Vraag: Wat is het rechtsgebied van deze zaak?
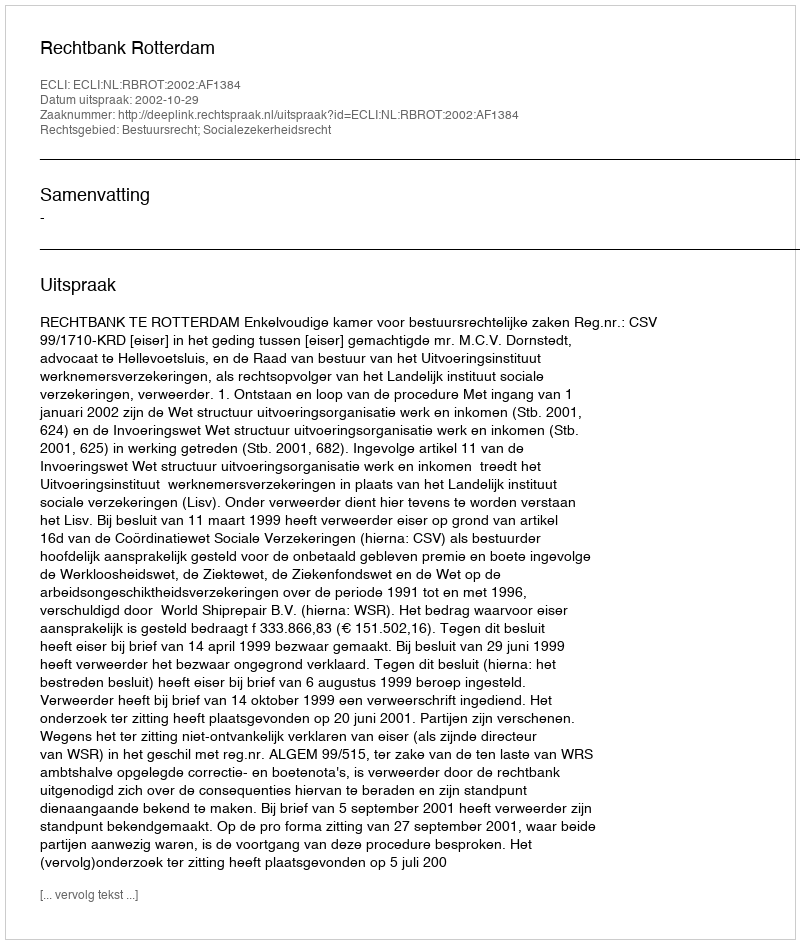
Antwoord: Bestuursrecht; Socialezekerheidsrecht